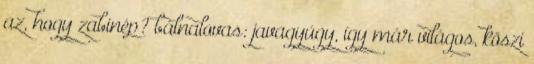
az, hogy zabinép? bálnalovas: javagyúgy, így már világos, köszi